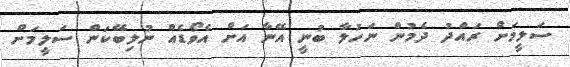
ސަލީމަށް ރައްދު ދެމުން ނަހުލާ ބުނީ އޭނާ އަށް އެވޯޑެއް ނުލިބޭކަން ސަލީމަށް